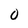
Character: 0